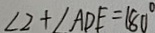
\angle 2 + \angle A D E = 1 8 0 ^ { \circ }